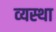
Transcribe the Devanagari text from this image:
व्‍यस्‍था